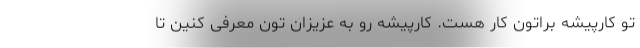
تو کارپیشه براتون کار هست. کارپیشه رو به عزیزان تون معرفی کنین تا